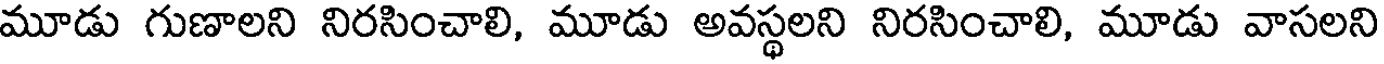
మూడు గుణాలని నిరసించాలి, మూడు అవస్థలని నిరసించాలి, మూడు వాసలని